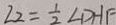
\angle 2 = \frac { 1 } { 2 } \angle D H F